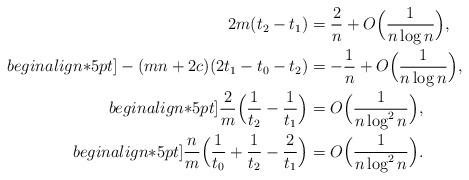
LaTeX: \begin{align*}2m(t_2-t_1)&={2\over n}+O\Bigl({1\over n\log{n}}\Bigr),\\begin{align*}5pt]-(mn+2c)(2t_1-t_0-t_2)&=-{1\over n}+O\Bigl({1\over n\log{n}}\Bigr),\\begin{align*}5pt]{2\over m}\Bigl({1\over t_2}-{1\over t_1}\Bigr)&=O\Bigl({1\over n\log^2{n}}\Bigr),\\begin{align*}5pt]{n\over m}\Bigl({1\over t_0}+{1\over t_2}-{2\over t_1}\Bigr)&=O\Bigl({1\over n\log^2{n}}\Bigr).\end{align*}